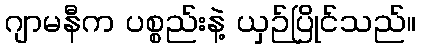
ဂျာမနီက ပစ္စည်းနဲ့ ယှဉ်ပြိုင်သည်။